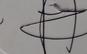
Signature authenticity: genuine